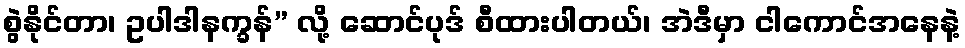
စွဲနိုင်တာ၊ ဥပါဒါနက္ခန်” လို့ ဆောင်ပုဒ် စီထားပါတယ်၊ အဲဒီမှာ ငါကောင်အနေနဲ့